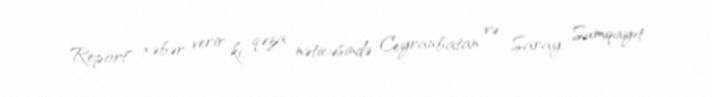
Report" xəbər verir ki, qəza nəticəsində Ceyranbatan və Saray, Sumqayıt